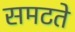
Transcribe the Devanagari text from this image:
समटते